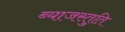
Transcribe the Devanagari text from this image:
ब्याजस्तुति